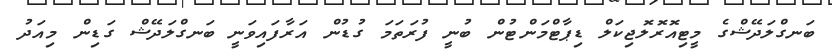
ބަނގްލަދޭޝްގެ މީޓިއޮރޮލޮޖިކަލް ޑިޕާޓްމަންޓުން ބުނީ ފުރަތަމަ ގުޑުން އަރާފައިވަނީ ބަނގްލަދޭޝް ގަޑިން މިއަދު